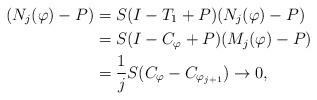
LaTeX: \begin{align*}(N_j(\varphi)-P)&=S(I-T_1+P) (N_j(\varphi)-P)\\&=S(I-C_\varphi+P) (M_j(\varphi)-P)\\&=\dfrac{1}{j} S(C_\varphi-C_{\varphi_{j+1}})\rightarrow 0,\end{align*}